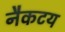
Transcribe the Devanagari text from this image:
नैकटय